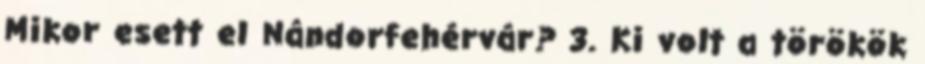
Mikor esett el Nándorfehérvár? 3. Ki volt a törökök